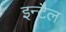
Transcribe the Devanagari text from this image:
इन्टैल